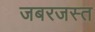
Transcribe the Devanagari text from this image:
जबरजस्त